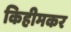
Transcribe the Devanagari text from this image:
किहीमकर